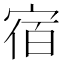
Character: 宿